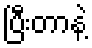
ပြီးတာနဲ့